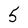
Character: 5